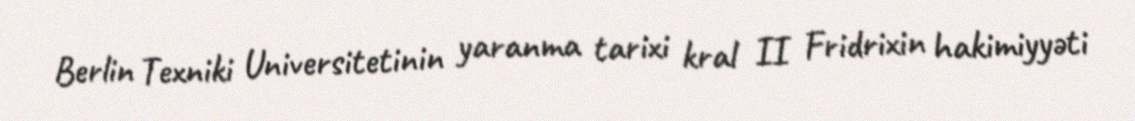
Berlin Texniki Universitetinin yaranma tarixi kral II Fridrixin hakimiyyəti